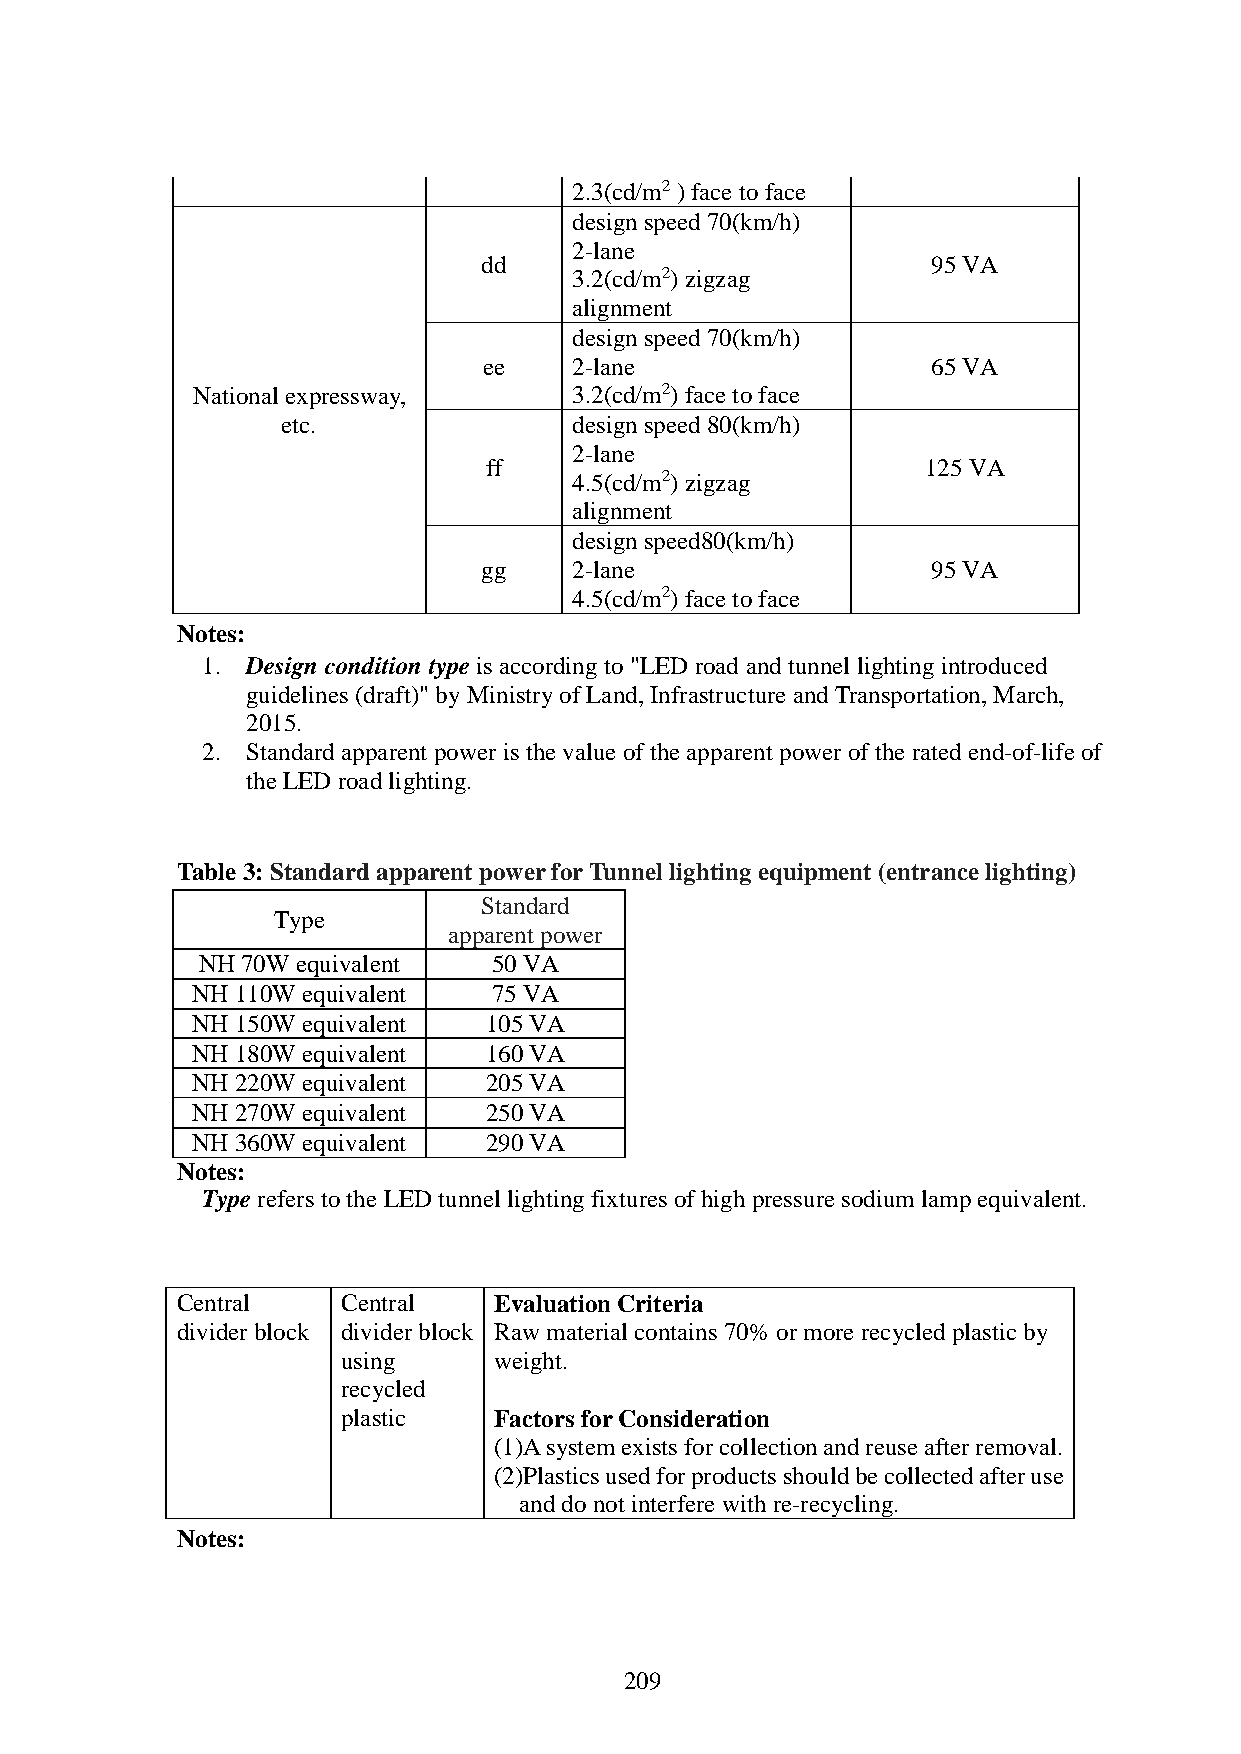
2.3(cd/m2 ) face to face
 design speed 70(km/h)
 2-lane
 dd                            95 VA
 3.2(cd/m2) zigzag
 alignment
 design speed 70(km/h)
 ee    2-lane                  65 VA
 National expressway,     3.2(cd/m2) face to face
 etc.               design speed 80(km/h)
 2-lane
 ff                           125 VA
 4.5(cd/m2) zigzag
 alignment
 design speed80(km/h)
 gg    2-lane                  95 VA
 4.5(cd/m2) face to face
 Notes:
 1. Design condition type is according to "LED road and tunnel lighting introduced
 guidelines (draft)" by Ministry of Land, Infrastructure and Transportation, March,
 2015.
 2. Standard apparent power is the value of the apparent power of the rated end-of-life of
 the LED road lighting.
 Table 3: Standard apparent power for Tunnel lighting equipment (entrance lighting)
 Standard
 Type
 apparent power
 NH 70W equivalent   50 VA
 NH 110W equivalent  75 VA
 NH 150W equivalent 105 VA
 NH 180W equivalent 160 VA
 NH 220W equivalent 205 VA
 NH 270W equivalent 250 VA
 NH 360W equivalent 290 VA
 Notes:
 Type refers to the LED tunnel lighting fixtures of high pressure sodium lamp equivalent.
 Central    Central   Evaluation Criteria
 divider block divider block Raw material contains 70% or more recycled plastic by
 using     weight.
 recycled
 plastic   Factors for Consideration
 (1)A system exists for collection and reuse after removal.
 (2)Plastics used for products should be collected after use
 and do not interfere with re-recycling.
 Notes:
 209